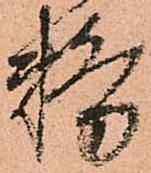
務